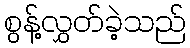
စွန့်လွှတ်ခဲ့သည်